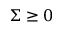
\Sigma \geq 0